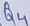
Text: Qu